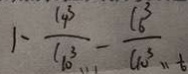
1 - \frac { c 4 ^ { 3 } } { c 1 0 ^ { 3 } } - \frac { C _ { 6 } ^ { 3 } } { C _ { 1 0 } ^ { 3 } }